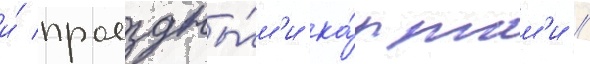
и́ проездны́м'и ка́ртам'и //